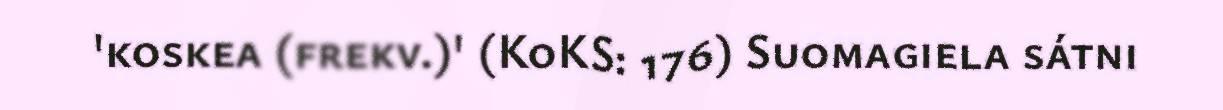
'koskea (frekv.)' (KoKS: 176) Suomagiela sátni